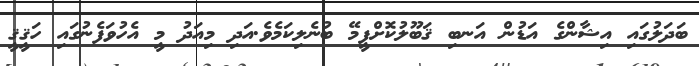
ބަދަލުގައި އިޝާންގެ އަޑުން އަނބި ޤަބޫލުކޮށްފީމޭ ބުނެލިކަމެވެ.އަދި މިއަދު މީ އެހުވަފެނުގައި ހަޤީޤީ